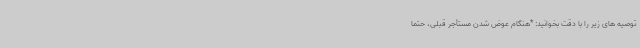
توصیه های زیر را با دقت بخوانید: *هنگام عوض شدن مستأجر قبلی، حتما